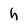
Character: h